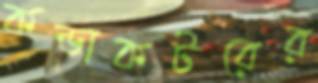
কন্ডাকটরের